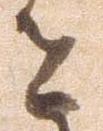
者